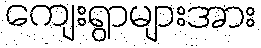
ကျေးရွာများအား